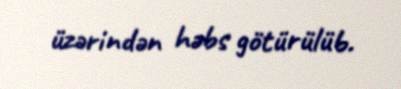
üzərindən həbs götürülüb.